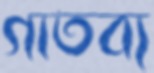
গাতব্য